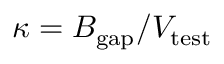
\kappa = B _ { \mathrm { g a p } } / V _ { \mathrm { t e s t } }